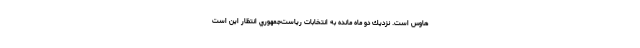
هاوس است. نزديك دو ماه مانده به انتخابات رياست‌جمهوري انتظار اين است